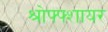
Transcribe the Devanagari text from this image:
श्रोफ्फ्शायर